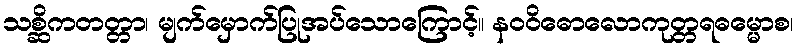
သစ္ဆိကတတ္တာ၊ မျက်မှောက်ပြုအပ်သောကြောင့်။ နဝဝိဓောလောကုတ္တရဓမ္မောစ၊